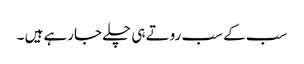
سب کے سب روتے ہی چلے جارہے ہیں ۔